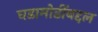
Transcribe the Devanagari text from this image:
घडामोडींबद्दल